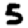
Digit: 5